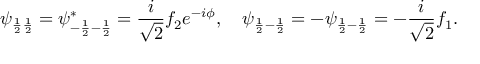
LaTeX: \psi _ { \frac { 1 } { 2 } \frac { 1 } { 2 } } = \psi _ { - \frac { 1 } { 2 } - \frac { 1 } { 2 } } ^ { * } = \frac { i } { \sqrt { 2 } } f _ { 2 } e ^ { - i \phi } , \quad \psi _ { \frac { 1 } { 2 } - \frac { 1 } { 2 } } = - \psi _ { \frac { 1 } { 2 } - \frac { 1 } { 2 } } = - \frac { i } { \sqrt { 2 } } f _ { 1 } .